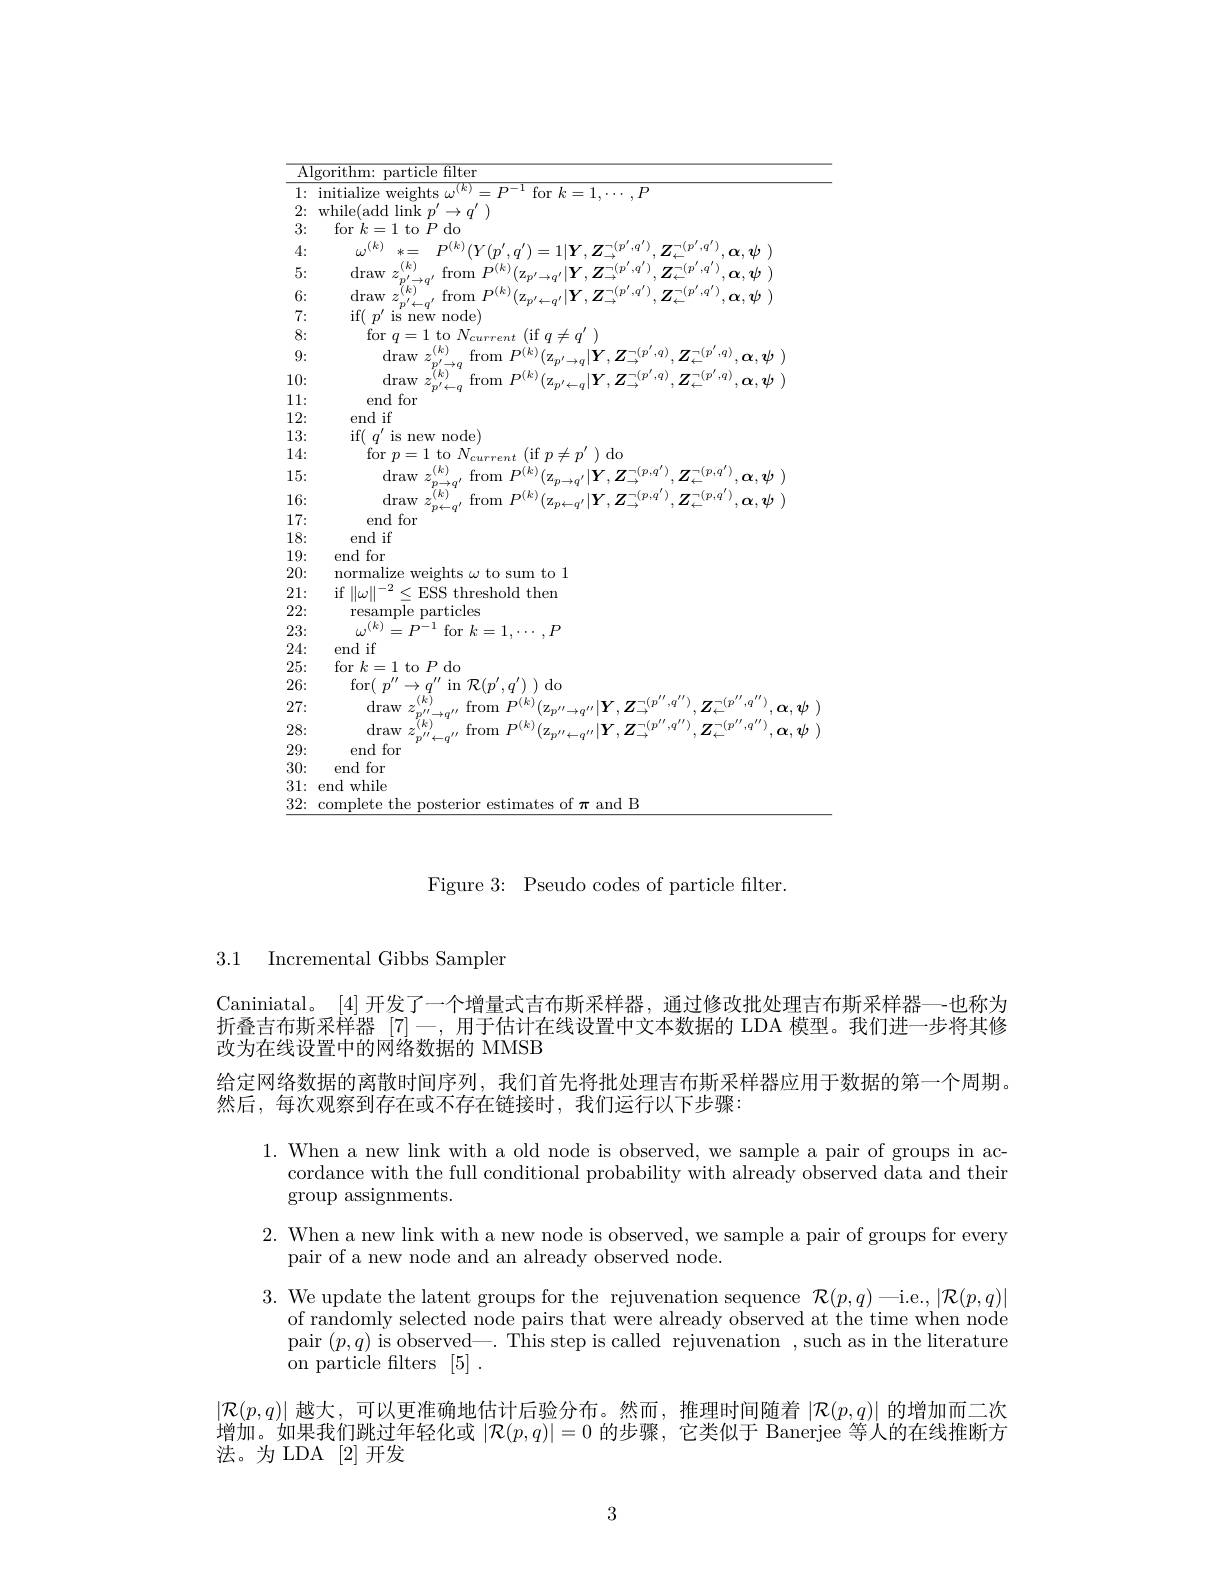
<table>
	<tbody>
		<tr>
			<td>$\overline{A}$</td>
			<td>porithm: $\overline{\mathrm{particle~filter}}$</td>
		</tr>
		<tr>
			<td>1: 2:</td>
			<td>initialize weights $\omega^(k)$ ${^{)}=P^{-1}\text{ for }k=1,\cdots,P}$ while(add link $p^\prime\to q^{\prime})$</td>
		</tr>
		<tr>
			<td>3</td>
			<td>$K$ 00 $(k)$</td>
		</tr>
		<tr>
			<td>4 E L</td>
			<td>$(k)$</td>
		</tr>
		<tr>
			<td>0. T</td>
			<td> </td>
		</tr>
		<tr>
			<td>$b:$ - 1</td>
			<td> </td>
		</tr>
		<tr>
			<td>一 $i$</td>
			<td>IS mew node</td>
		</tr>
		<tr>
			<td>8 K 1 1</td>
			<td>10 $U$ 7 $\neq$ $q$</td>
		</tr>
		<tr>
			<td>$y:$ 1</td>
			<td> </td>
		</tr>
		<tr>
			<td>11: 1 1 112</td>
			<td> </td>
		</tr>
		<tr>
			<td>11 1</td>
			<td>end tor</td>
		</tr>
		<tr>
			<td>12.</td>
			<td>end it $e^{\prime\prime}$</td>
		</tr>
		<tr>
			<td>3 II 1 1</td>
			<td>IS mew $\operatorname{node}$</td>
		</tr>
		<tr>
			<td>.4: 1 1 1 1</td>
			<td>$p$ $7D$ 1do</td>
		</tr>
		<tr>
			<td>15:</td>
			<td>drav $k$ $\alpha,\boldsymbol{v}/\boldsymbol{v}$</td>
		</tr>
		<tr>
			<td>16:</td>
			<td>draw $(k)$ from $1\boldsymbol{p},q$</td>
		</tr>
		<tr>
			<td>17:</td>
			<td>end for</td>
		</tr>
		<tr>
			<td>18:</td>
			<td>end if</td>
		</tr>
		<tr>
			<td>19:</td>
			<td>end for</td>
		</tr>
		<tr>
			<td>20:</td>
			<td>normalize 111 welghts c $\omega$ to sum to l</td>
		</tr>
		<tr>
			<td>21:</td>
			<td>${\mathrm{if}}\left\|_{t,s}\right\|$ $\angle ESS$ threshold then</td>
		</tr>
		<tr>
			<td>22:</td>
			<td>resample particles</td>
		</tr>
		<tr>
			<td>23:</td>
			<td>$(k)$ $P^{-}$ far $i=1,\ldots,P$</td>
		</tr>
		<tr>
			<td>24:</td>
			<td>end if</td>
		</tr>
		<tr>
			<td>25: T</td>
			<td>for $k=1$ to $P$ do</td>
		</tr>
		<tr>
			<td>26:</td>
			<td>mrf $s^{\prime\prime}\to q^{\prime\prime}$ in $\mathcal{R}(p^{\prime},q^{\prime})$ do</td>
		</tr>
		<tr>
			<td>27:</td>
			<td>draw</td>
		</tr>
		<tr>
			<td>28:</td>
			<td>lraw $(k)$</td>
		</tr>
		<tr>
			<td>29:</td>
			<td>end for</td>
		</tr>
		<tr>
			<td>30:</td>
			<td>end for</td>
		</tr>
		<tr>
			<td>31: 1 - 1 </td>
			<td>end while</td>
		</tr>
		<tr>
			<td>32:</td>
			<td>romnlete the f $\pi$ and R</td>
		</tr>
	</tbody>
</table>

Figure 3: Pseudo codes of particle filter.

3.1 Incremental Gibbs Samplen

Caniniatal。[4] 开发了一个增量式吉布斯采样器，通过修改批处理吉布斯采样器—-也称为折叠吉布斯采样器[7]-,用于估计在线设置中文本数据的 LDA 模型。我们进一步将其修改为在线设置中的网络数据的 MMSB
给定网络数据的离散时间序列，我们首先将批处理吉布斯采样器应用于数据的第一个周期。
然后，每次观察到存在或不存在链接时，我们运行以下步骤：
1. When a new link with a old node is observed, we sample a pair of groups in ac-
cordance with the full conditional probability with already observed data and their
$\operatorname{group}$ assignments.
2. When a new link with a new node is observed, we sample a pair of groups for every
pair of a new node and an already observed node.
3. We update the latent groups for the rejuvenation sequence $\mathcal{R}(p,q)-$i.e., $|\mathcal{R}(p,q)|$
of randomly selected node pairs that were already observed at the time when node pair $(p,q)$ is observed\_. This step is called rejuvenation ,such as in the literature ${\mathrm{~on~particle~filters~}}[ 5]$ .
$|\mathcal{R}(p,q)|$ 越大，可以更准确地估计后验分布。然而，推理时间随着$\left|\mathcal{R}(p,q)\right|$的增加而二次增加。如果我们跳过年轻化或$|\mathcal{R}(p,q)|=0$的步骤，它类似于 Banerjee 等人的在线推断方法。为 LDA [2]开发

3